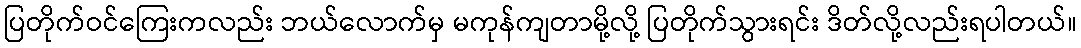
ပြတိုက်ဝင်ကြေးကလည်း ဘယ်လောက်မှ မကုန်ကျတာမို့လို့ ပြတိုက်သွားရင်း ဒိတ်လို့လည်းရပါတယ်။